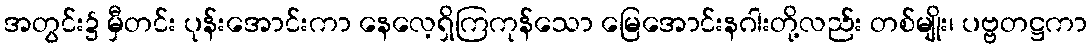
အတွင်း၌ မှီတင်း ပုန်းအောင်းကာ နေလေ့ရှိကြကုန်သော မြေအောင်းနဂါးတို့လည်း တစ်မျိုး၊ ပဗ္ဗတဋ္ဌကာ